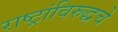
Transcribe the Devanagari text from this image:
राष्ट्रांविरुद्धचे